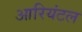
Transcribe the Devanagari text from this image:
आरियंटल